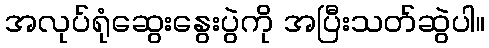
အလုပ်ရုံဆွေးနွေးပွဲကို အပြီးသတ်ဆွဲပါ။